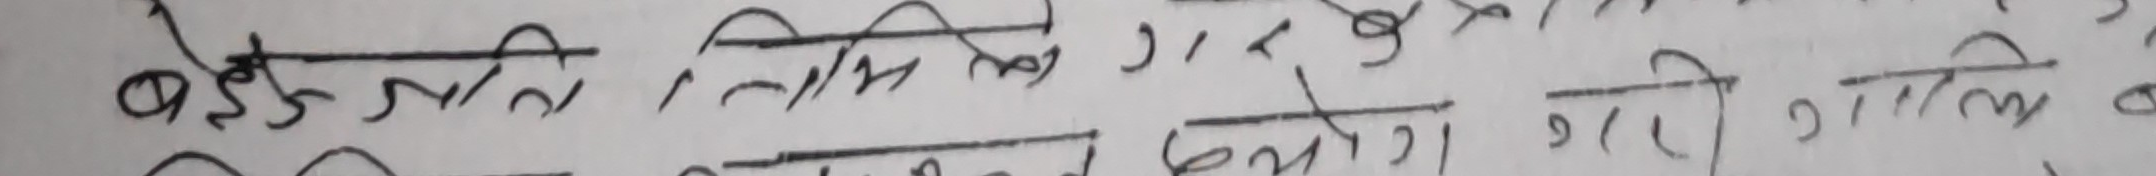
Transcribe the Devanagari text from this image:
बेइजेती लिने कि, र के
निषेध गरि गाल्यो